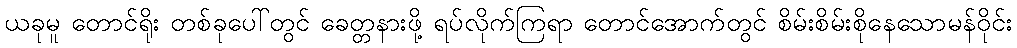
ယခုမူ တောင်ရိုး တစ်ခုပေါ်တွင် ခေတ္တနားဖို့ ရပ်လိုက်ကြရာ တောင်အောက်တွင် စိမ်းစိမ်းစိုနေသောမန်ဝိုင်း